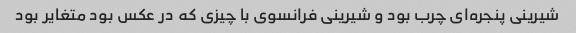
شیرینی پنجره‌ای چرب بود و شیرینی فرانسوی با چیزی که در عکس بود متغایر بود